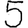
Digit: 5